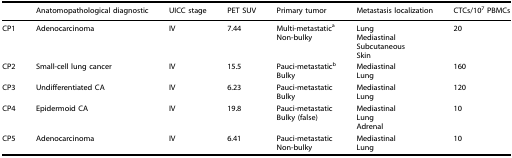
<table><thead><tr><td></td><td><b>Anatomopathological diagnostic</b></td><td><b>UICC stage</b></td><td><b>PET SUV</b></td><td><b>Primary tumor</b></td><td><b>Metastasis localization</b></td><td><b>CTCs/10<sup>7</sup> PBMCs</b></td></tr></thead><tbody><tr><td>CP1</td><td>Adenocarcinoma</td><td>IV</td><td>7.44</td><td>Multi-metastatic<sup>a</sup>Non-bulky</td><td>LungMediastinalSubcutaneousSkin</td><td>20</td></tr><tr><td>CP2</td><td>Small-cell lung cancer</td><td>IV</td><td>15.5</td><td>Pauci-metastatic<sup>b</sup>Bulky</td><td>MediastinalLung</td><td>160</td></tr><tr><td>CP3</td><td>Undifferentiated CA</td><td>IV</td><td>6.23</td><td>Pauci-metastaticBulky</td><td>MediastinalLung</td><td>120</td></tr><tr><td>CP4</td><td>Epidermoid CA</td><td>IV</td><td>19.8</td><td>Pauci-metastaticBulky (false)</td><td>MediastinalLungAdrenal</td><td>10</td></tr><tr><td>CP5</td><td>Adenocarcinoma</td><td>IV</td><td>6.41</td><td>Pauci-metastaticNon-bulky</td><td>MediastinalLung</td><td>10</td></tr></tbody></table>